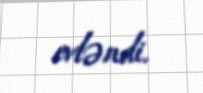
evləndi.